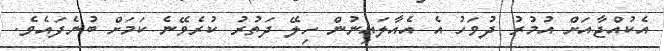
އެކުއްޖާއަށް އުމުރު ދުވަހު އެ އެއާލައިނުން ހިލޭ ދަތުރު ކުރެވޭނެ ކަމަށް ބުނެފައެވެ.